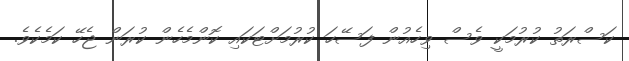
ކަސްރަތު ކުރުމަކީ ވެސް ވިހެއުން ފަސޭހަ ކުރުމަށްޓަކައި ކޮންމެހެން ކުރަން ޖެހޭ ކަމެކެވެ.